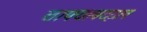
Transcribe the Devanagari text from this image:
ताफ्याबद्दल